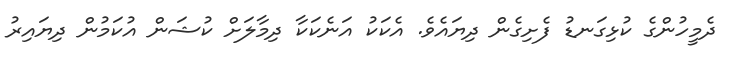
ދެމީހުންގެ ކުޅިގަނޑު ފެށިގެން ދިޔައެވެ. އެކަކު އަނެކަކާ ދިމާލަށް ކުޝަން އުކަމުން ދިޔައިރު